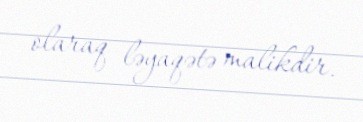
olaraq ləyaqətə malikdir.